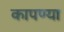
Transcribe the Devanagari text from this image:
कापण्या